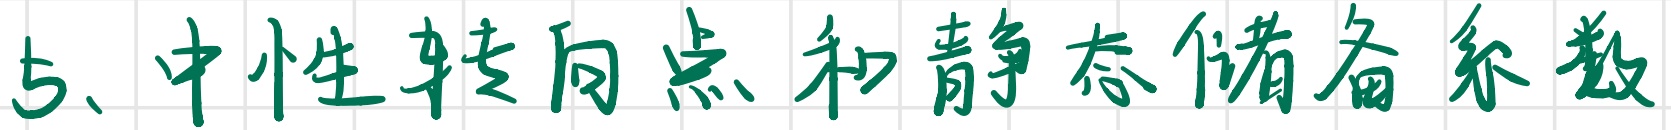
5、中性转向点和静态储备系数